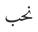
نحب